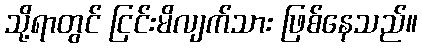
သို့ရာတွင် ငြင်းမိလျက်သား ဖြစ်နေသည်။